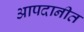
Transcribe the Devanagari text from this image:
आपदानीत